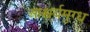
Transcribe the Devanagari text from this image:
आश्चर्यमुग्ध